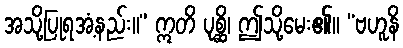
အသို့ပြုရအံ့နည်း။” ဣတိ ပုစ္ဆိ၊ ဤသို့မေး၏။ “ဗဟူနိ